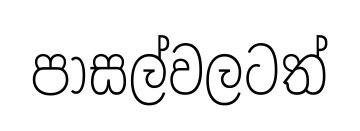
පාසල්වලටත්